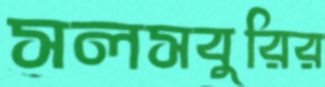
সলসবুরির